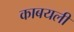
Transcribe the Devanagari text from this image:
काबयली